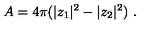
A = 4 \pi ( | z _ { 1 } | ^ { 2 } - | z _ { 2 } | ^ { 2 } ) \ .